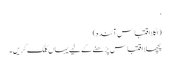
‘
(اگلا اقتباس آئندہ)
پچھلا اقتباس پڑھنے کے لیے یہاں کلک کریں۔